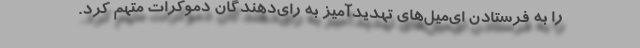
را به فرستادن ای‌میل‌های تهدیدآمیز به رای‌دهندگان دموکرات متهم کرد.